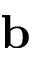
{ \bf b }